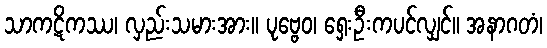
သာကဋိကဿ၊ လှည်းသမားအား။ ပုဗ္ဗေဝ၊ ရှေးဦးကပင်လျှင်။ အနာဂတံ၊